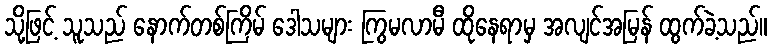
သို့ဖြင့် သူသည် နောက်တစ်ကြိမ် ဒေါသများ ကြွမလာမီ ထိုနေရာမှ အလျင်အမြန် ထွက်ခဲ့သည်။